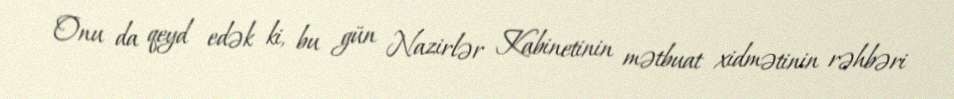
Onu da qeyd edək ki, bu gün Nazirlər Kabinetinin mətbuat xidmətinin rəhbəri